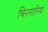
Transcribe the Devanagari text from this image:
चिनगारियां